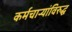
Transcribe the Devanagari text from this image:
कर्मचार्‍यांविरुद्ध